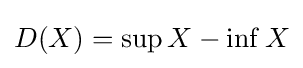
D(X)=\sup X-\inf X